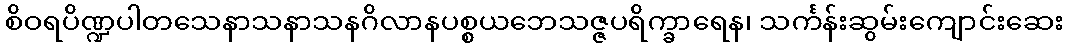
စိဝရပိဏ္ဍပါတသေနာသနာသနဂိလာနပစ္စယဘေသဇ္ဇပရိက္ခာရေန၊ သင်္ကန်းဆွမ်းကျောင်းဆေး